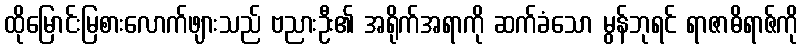
ထိုမြောင်းမြစားလောက်ဖျားသည် ဗညားဦး၏ အရိုက်အရာကို ဆက်ခံသော မွန်ဘုရင် ရာဇာဓိရာဇ်ကို